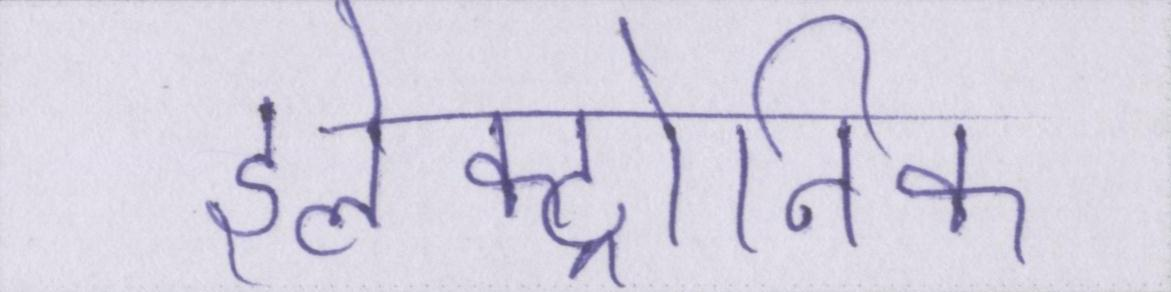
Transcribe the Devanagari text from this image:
इलेक्ट्रोनिक